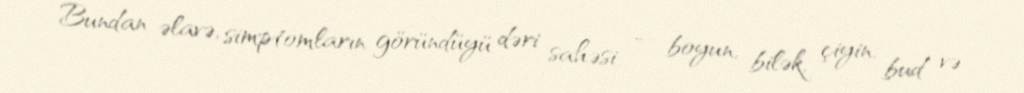
Bundan əlavə, simptomların göründüyü dəri sahəsi — boyun, bilək, çiyin, bud və